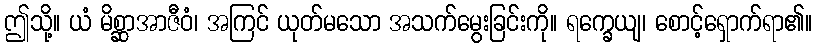
ဤသို့။ ယံ မိစ္ဆာအာဇီဝံ၊ အကြင် ယုတ်မသော အသက်မွေးခြင်းကို။ ရက္ခေယျ၊ စောင့်ရှောက်ရာ၏။